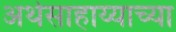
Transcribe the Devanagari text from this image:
अर्थसाहाय्याच्या